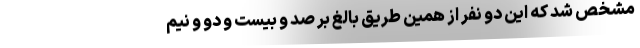
مشخص شد که این دو نفر از همین طریق بالغ بر صد و بیست‌ و دو و نیم